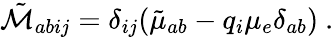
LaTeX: {\tilde{\cal M}}_{abij}=\delta_{ij}({\tilde{\mu}}_{ab}-q_{i}\mu_{e}\delta_{ab})\ .